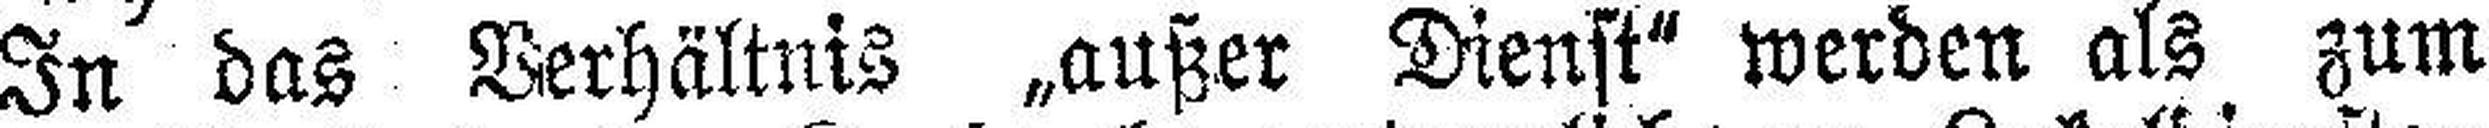
In das Verhältnis „außer Dienst" werden als zum